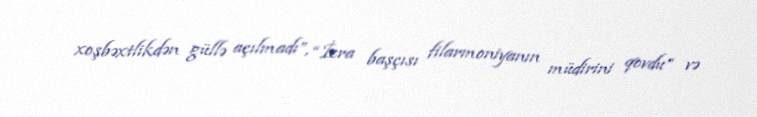
xoşbəxtlikdən güllə açılmadı”, “İcra başçısı filarmoniyanın müdirini qovdu” və